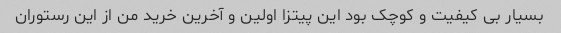
بسیار بی کیفیت و کوچک بود این پیتزا اولین و آخرین خرید من از این رستوران